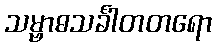
သမ္ဗာဓသင်္ခါတတရော